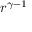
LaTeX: r ^ { \gamma - 1 }